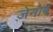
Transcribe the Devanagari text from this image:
ज़ेनोबे